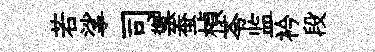
若挲司禦蚕楨苓监衿段